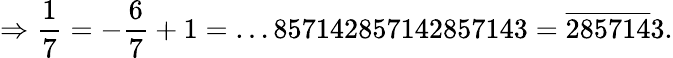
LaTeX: \Rightarrow{\frac{1}{7}}=-{\frac{6}{7}}+1=\dots 857142857142857143={\overline{{285714}}}3.